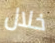
خلال